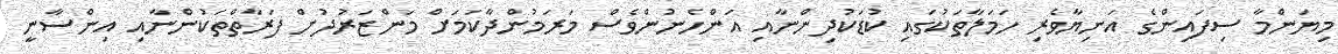
މިޔަންމާ ސިފައިންގެ އަނިޔާވެރި ހަމަލާތަކުގައި ކުޑަކުދިންނާއި އަންހެނުންވެސް މަރަމުންދާކަމަށް މަންޒަރުދުށް ފަރާތްތަކުންނާއި އިންސާނީ